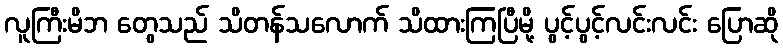
လူကြီးမိဘ တွေသည် သိတန်သလောက် သိထားကြပြီမို့ ပွင့်ပွင့်လင်းလင်း ပြောဆို